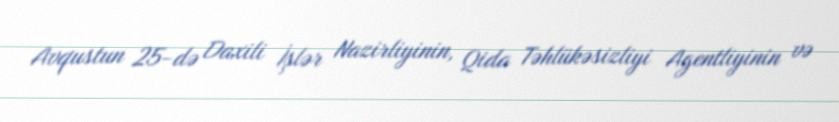
Avqustun 25-də Daxili İşlər Nazirliyinin, Qida Təhlükəsizliyi Agentliyinin və